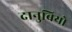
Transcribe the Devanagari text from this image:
दानुबियो